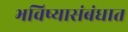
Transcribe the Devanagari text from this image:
भविष्यासंबंधात